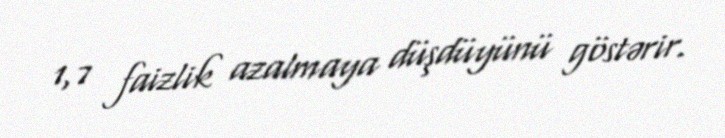
1,7 faizlik azalmaya düşdüyünü göstərir.